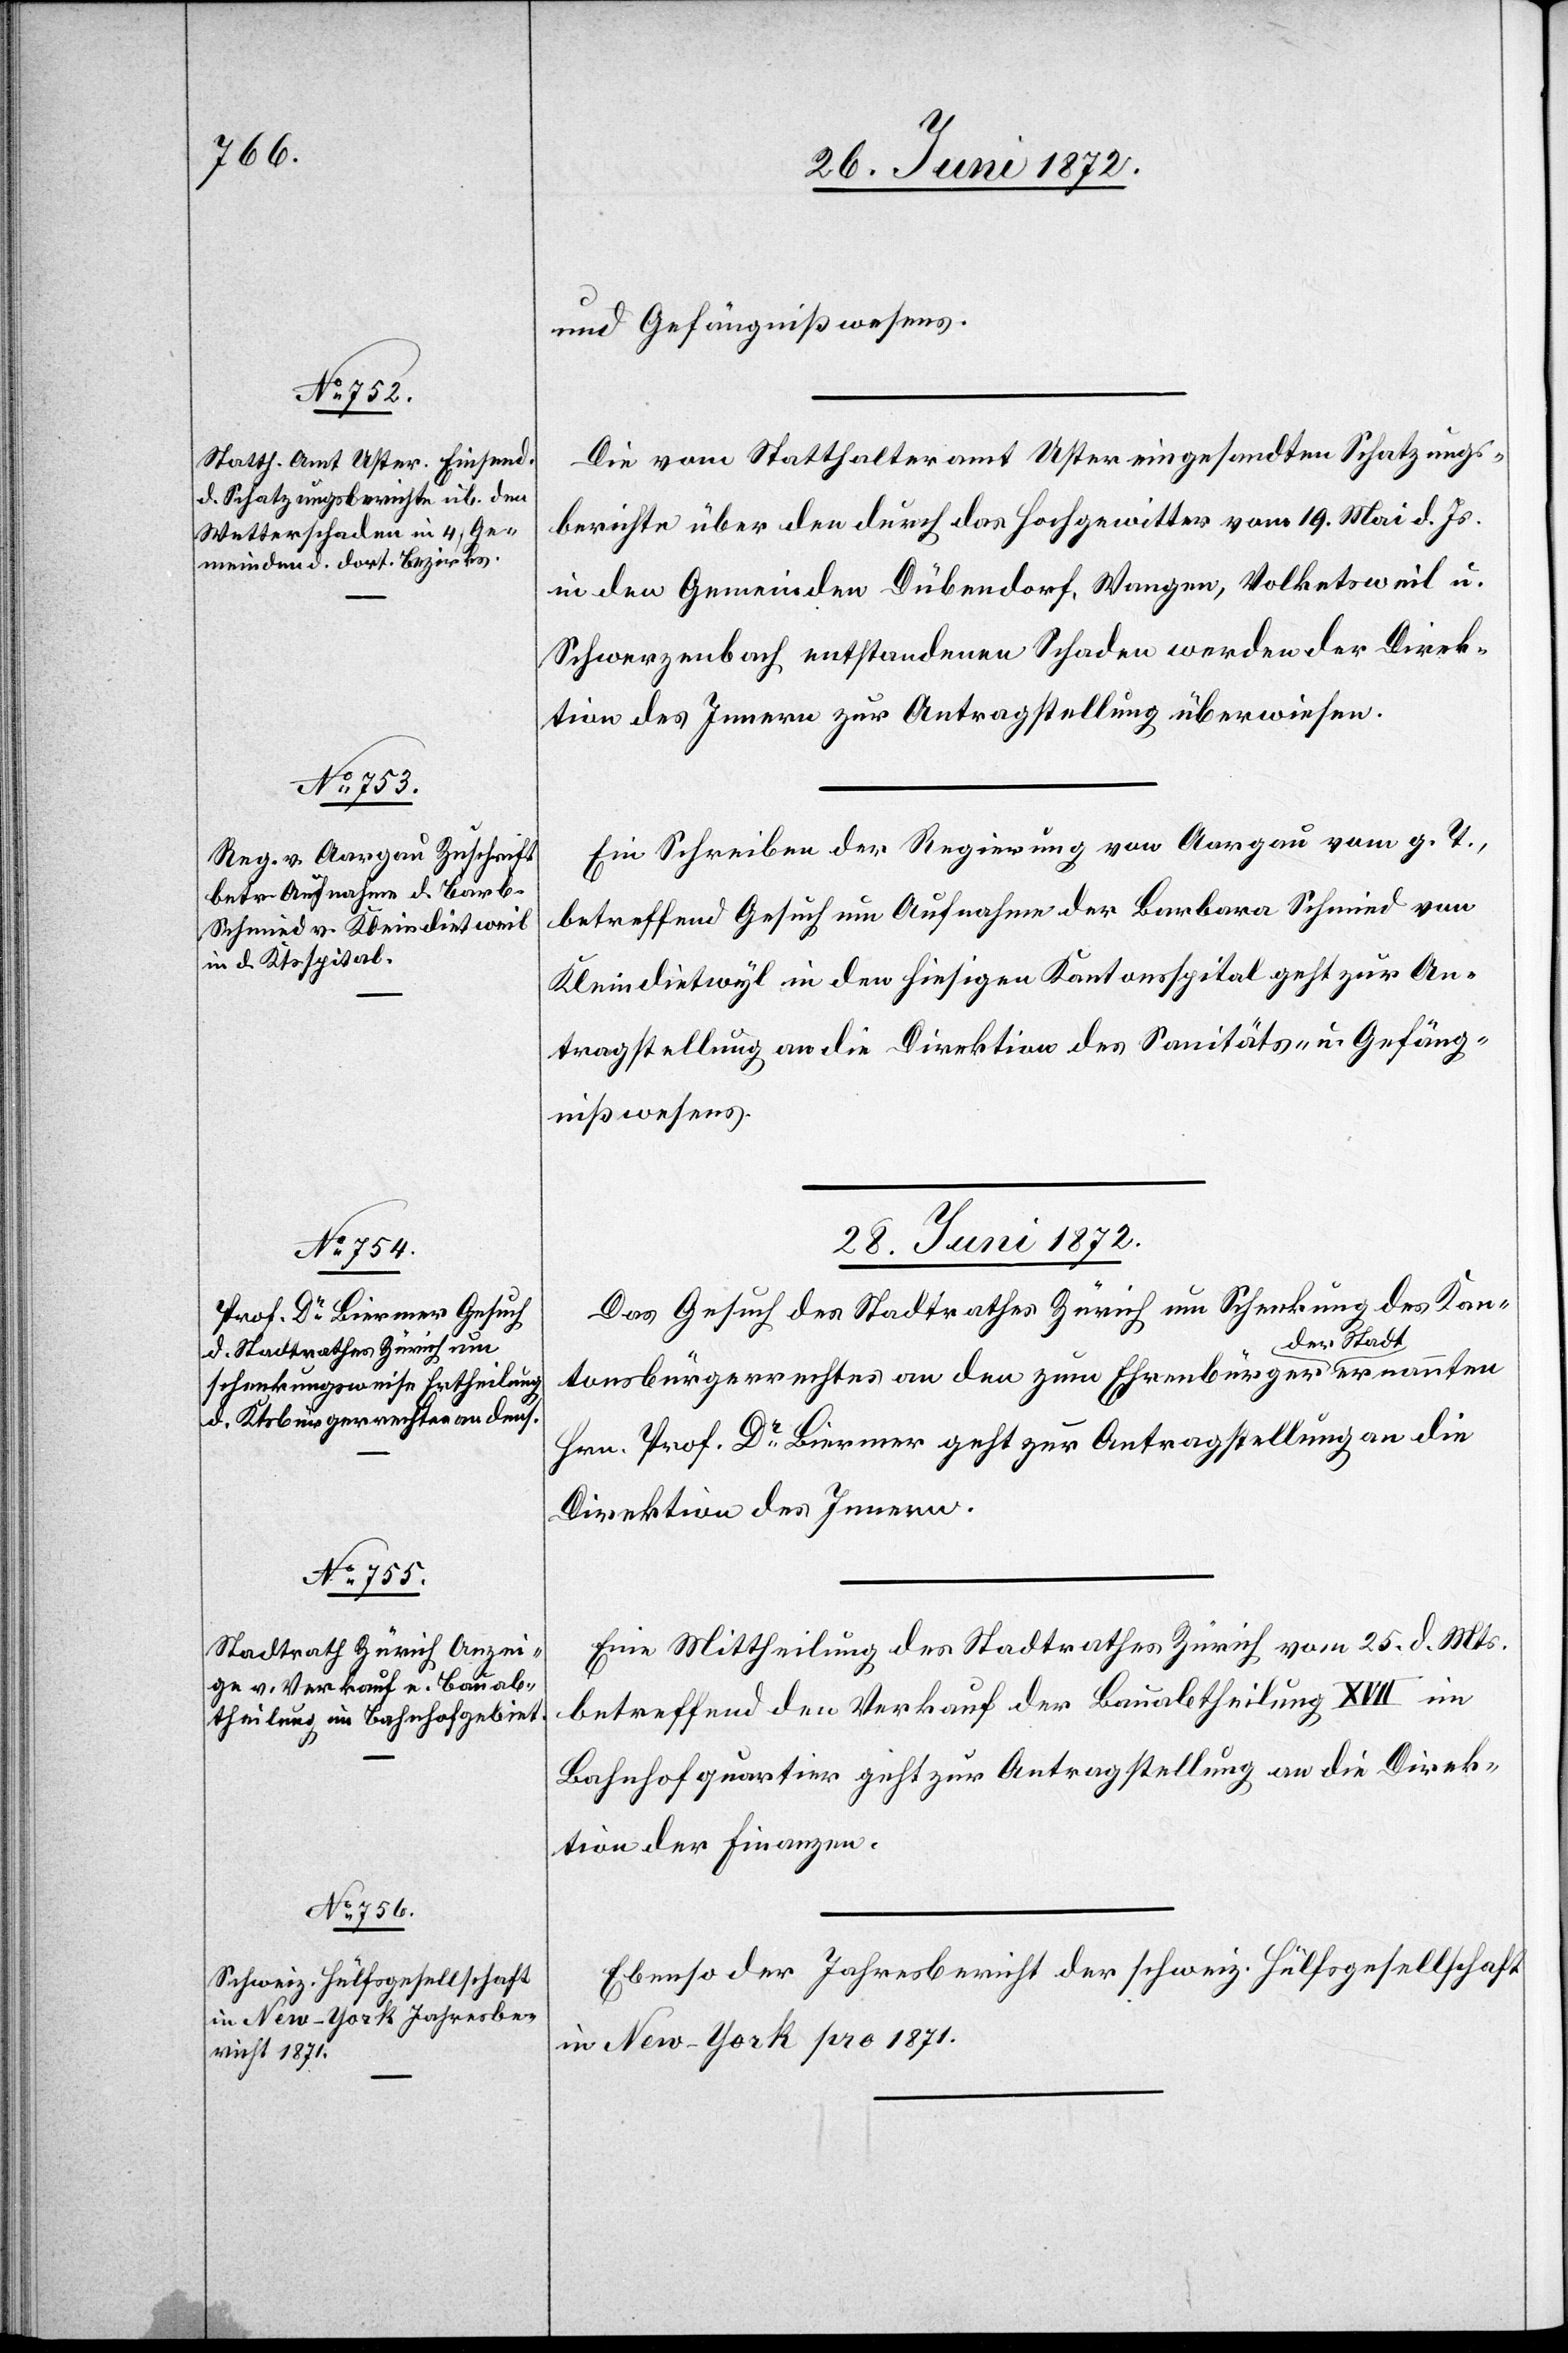
26. Juni 1872.]
und Gefängnißwesens.
Die vom Statthalteramt Uster eingesandten Schatzungs¬
berichte über den durch das Hochgewitter vom 19. Mai d. Js.
in den Gemeinden Dübendorf, Wangen, Volketsweil u.
Schwerzenbach entstandenen Schaden werden der Direk¬
tion des Innern zur Antragstellung überwiesen.
Ein Schreiben der Regierung von Aargau vom g. T.,
betreffend Gesuch um Aufnahme der Barbara Schmied von
Kleindietwyl [sic!] in den hiesigen Kantonsspital geht zur An¬
tragstellung an die Direktion des Sanitäts- u. Gefäng¬
nißwesens.
28. Juni 1872.]
Das Gesuch des Stadtrathes Zürich um Schenkung des Kan¬
tonsbürgerrechtes an den zum Ehrenbürger der Stadt
Hrn. Prof. Dr Biermer geht zur Antragstellung an die
Direktion des Innern.
Eine Mittheilung des Stadtrathes Zürich vom 25. d. Mts.
betreffend den Verkauf der Bauabtheilung XVII im
Bahnhofquartier geht zur Antragstellung an die Direk¬
tion der Finanzen.
Ebenso der Jahresbericht der schweiz. Hülfsgesellschaft
in New-York pro 1871.